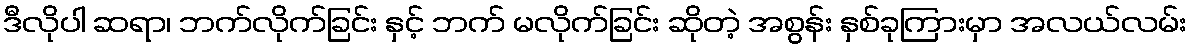
ဒီလိုပါ ဆရာ၊ ဘက်လိုက်ခြင်း နှင့် ဘက် မလိုက်ခြင်း ဆိုတဲ့ အစွန်း နှစ်ခုကြားမှာ အလယ်လမ်း